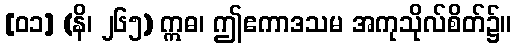
[၀၁] (နိ၊ ၂၆၅) ဣဓ၊ ဤဧကာဒသမ အကုသိုလ်စိတ်၌။